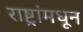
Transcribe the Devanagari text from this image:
राष्ट्रांमधून